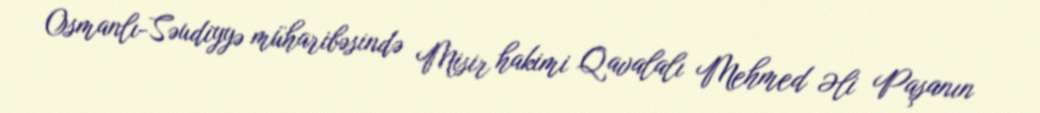
Osmanlı-Səudiyyə müharibəsində Misir hakimi Qavalalı Mehmed Əli Paşanın